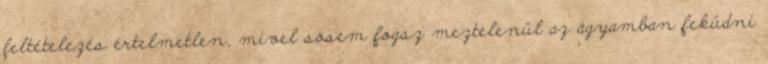
feltételezés értelmetlen, mivel sosem fogsz meztelenül az ágyamban feküdni